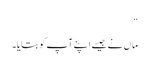
“
ماں نے جیسے اپنے آپ کو بتایا۔